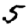
Digit: 5